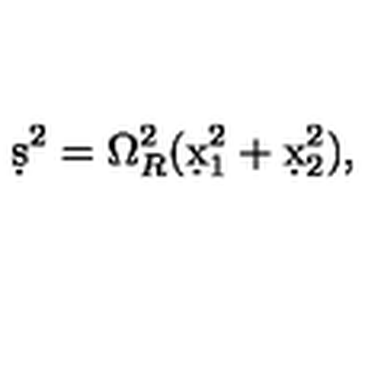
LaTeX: \d s ^ { 2 } = \Omega _ { R } ^ { 2 } ( \d x _ { 1 } ^ { 2 } + \d x _ { 2 } ^ { 2 } ) ,